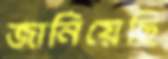
জানিয়েছি